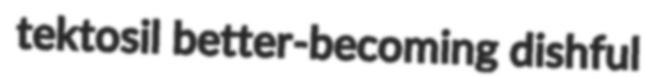
tektosil better-becoming dishful